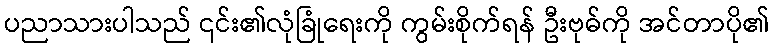
ပညာသားပါသည် ၎င်း၏လုံခြုံရေးကို ကွမ်းစိုက်ရန် ဦးဗုဓ်ကို အင်တာပို၏